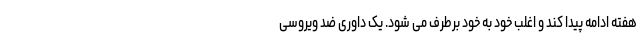
هفته ادامه پیدا کند و اغلب خود به خود برطرف می شود. یک داوری ضد ویروسی